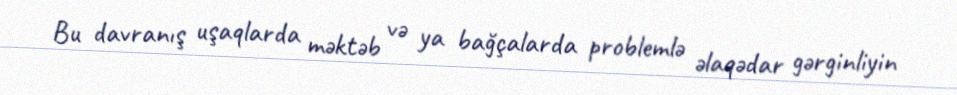
Bu davranış uşaqlarda məktəb və ya bağçalarda problemlə əlaqədar gərginliyin